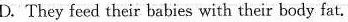
D. They feed their babies with their body fat.